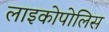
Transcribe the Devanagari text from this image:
लाइकोपोलिस